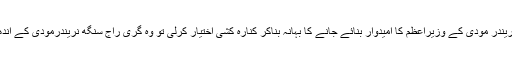
آگے چل کر جب نتیش کمار نے نریندر مودی کے وزیراعظم کا امیدوار بنائے جانے کا بہانہ بناکر کنارہ کشی اختیار کرلی تو وہ گری راج سنگھ نریندرمودی کے اندھے بھکت بن کر ان پر ٹوٹ پڑے۔